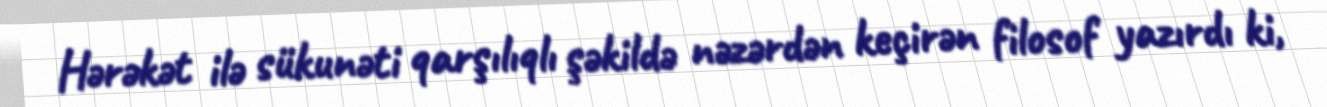
Hərəkət ilə sükunəti qarşılıqlı şəkildə nəzərdən keçirən filosof yazırdı ki,